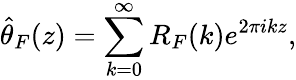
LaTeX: {\hat{\theta}}_{F}(z)=\sum_{k=0}^{\infty}R_{F}(k)e^{2\pi ikz},